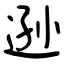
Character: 逊